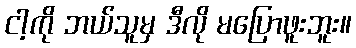
ငါ့ကို ဘယ်သူမှ ဒီလို မပြောဖူးဘူး။